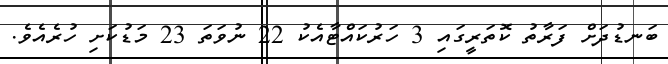
ބަނޑުދަށް ފަރާތު ކޮތަރީގައި 3 ހަރުކައްޓާއެކު 22 ނުވަތަ 23 މަޑުކަށި ހުރެއެވެ.